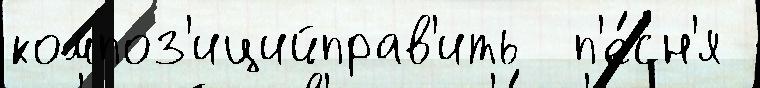
композ'ицийправ'ить  п'е́сн'я